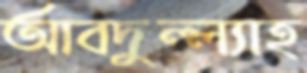
আবদুল্ল্যাহ